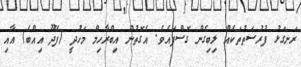
ރަނގަޅު ފުރުސަތުތަކެއް ލިބިގެން ގޮސްފައެވެ. އެގޮތުން އިބްރާހިމް މަހުދީ (ފޭދޫ އިއްބެ) އާއި